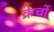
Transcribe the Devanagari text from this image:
क्रेचों